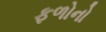
ફળોનો